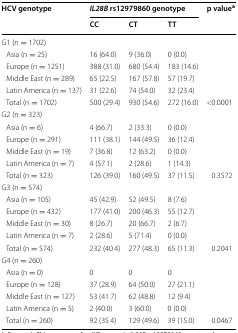
<table><thead><tr><td rowspan="2"><b>HCV genotype</b></td><td colspan="3"><b><i>IL28B</i> rs12979860 genotype</b></td><td rowspan="2"><b>p value<sup>a</sup></b></td></tr><tr><td><b>CC</b></td><td><b>CT</b></td><td><b>TT</b></td></tr></thead><tbody><tr><td>G1 (n = 1702)</td><td></td><td></td><td></td><td></td></tr><tr><td> Asia (n = 25)</td><td>16 (64.0)</td><td>9 (36.0)</td><td>0 (0.0)</td><td></td></tr><tr><td> Europe (n = 1251)</td><td>388 (31.0)</td><td>680 (54.4)</td><td>183 (14.6)</td><td></td></tr><tr><td> Middle East (n = 289)</td><td>65 (22.5)</td><td>167 (57.8)</td><td>57 (19.7)</td><td></td></tr><tr><td> Latin America (n = 137)</td><td>31 (22.6)</td><td>74 (54.0)</td><td>32 (23.4)</td><td></td></tr><tr><td> Total (n = 1702)</td><td>500 (29.4)</td><td>930 (54.6)</td><td>272 (16.0)</td><td>&lt;0.0001</td></tr><tr><td>G2 (n = 323)</td><td></td><td></td><td></td><td></td></tr><tr><td> Asia (n = 6)</td><td>4 (66.7)</td><td>2 (33.3)</td><td>0 (0.0)</td><td></td></tr><tr><td> Europe (n = 291)</td><td>111 (38.1)</td><td>144 (49.5)</td><td>36 (12.4)</td><td></td></tr><tr><td> Middle East (n = 19)</td><td>7 (36.8)</td><td>12 (63.2)</td><td>0 (0.0)</td><td></td></tr><tr><td> Latin America (n = 7)</td><td>4 (57.1)</td><td>2 (28.6)</td><td>1 (14.3)</td><td></td></tr><tr><td> Total (n = 323)</td><td>126 (39.0)</td><td>160 (49.5)</td><td>37 (11.5)</td><td>0.3572</td></tr><tr><td>G3 (n = 574)</td><td></td><td></td><td></td><td></td></tr><tr><td> Asia (n = 105)</td><td>45 (42.9)</td><td>52 (49.5)</td><td>8 (7.6)</td><td></td></tr><tr><td> Europe (n = 432)</td><td>177 (41.0)</td><td>200 (46.3)</td><td>55 (12.7)</td><td></td></tr><tr><td> Middle East (n = 30)</td><td>8 (26.7)</td><td>20 (66.7)</td><td>2 (6.7)</td><td></td></tr><tr><td> Latin America (n = 7)</td><td>2 (28.6)</td><td>5 (71.4)</td><td>0 (0.0)</td><td></td></tr><tr><td> Total (n = 574)</td><td>232 (40.4)</td><td>277 (48.3)</td><td>65 (11.3)</td><td>0.2041</td></tr><tr><td>G4 (n = 260)</td><td></td><td></td><td></td><td></td></tr><tr><td> Asia (n = 0)</td><td>0</td><td>0</td><td>0</td><td></td></tr><tr><td> Europe (n = 128)</td><td>37 (28.9)</td><td>64 (50.0)</td><td>27 (21.1)</td><td></td></tr><tr><td> Middle East (n = 127)</td><td>53 (41.7)</td><td>62 (48.8)</td><td>12 (9.4)</td><td></td></tr><tr><td> Latin America (n = 5)</td><td>2 (40.0)</td><td>3 (60.0)</td><td>0 (0.0)</td><td></td></tr><tr><td> Total (n = 260)</td><td>92 (35.4)</td><td>129 (49.6)</td><td>39 (15.0)</td><td>0.0467</td></tr></tbody></table>